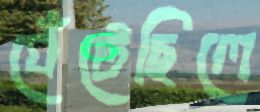
ঘেঁটেছিলে